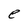
Character: e